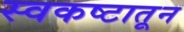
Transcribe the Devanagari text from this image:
स्वकष्टातून